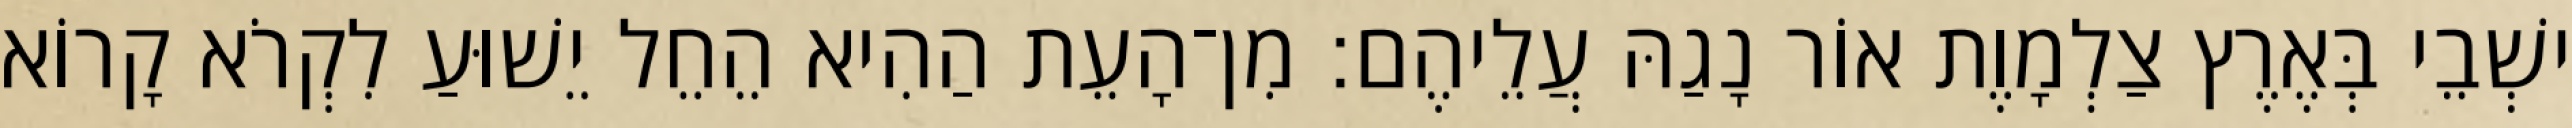
ישְׁבֵי בְּאֶרֶץ צַלְמָוֶת אוֹר נָגַהּ עֲלֵיהֶם׃ מִן־הָעֵת הַהִיא הֵחֵל יֵשׁוּעַ לִקְרֹא קָרוֹא